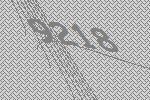
9218